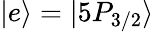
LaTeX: \vert e\rangle=\vert 5P_{3/2}\rangle